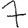
Digit: 7